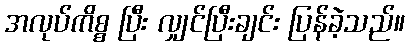
အလုပ်ကိစ္စ ပြီး လျှင်ပြီးချင်း ပြန်ခဲ့သည်။